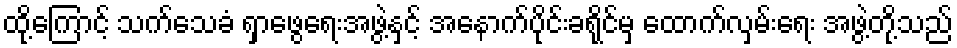
ထို့ကြောင့် သက်သေခံ ရှာဖွေရေးအဖွဲ့နှင့် အနောက်ပိုင်းခရိုင်မှ ထောက်လှမ်းရေး အဖွဲ့တို့သည်